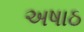
અષાઠ